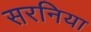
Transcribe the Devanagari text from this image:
सरनिया